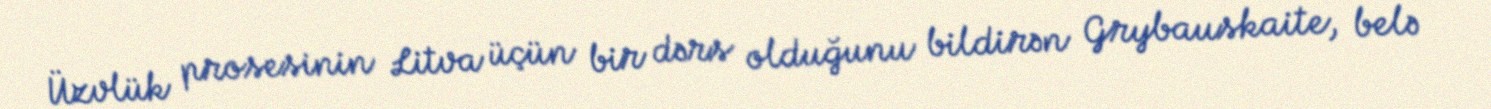
Üzvlük prosesinin Litva üçün bir dərs olduğunu bildirən Grybauskaite, belə